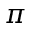
\pi